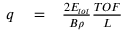
\begin{array} { r l r } { q } & { { } = } & { \frac { 2 E _ { t o t } } { B \rho } \frac { T O F } { L } } \end{array}